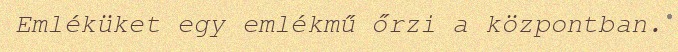
Emléküket egy emlékmű őrzi a központban.